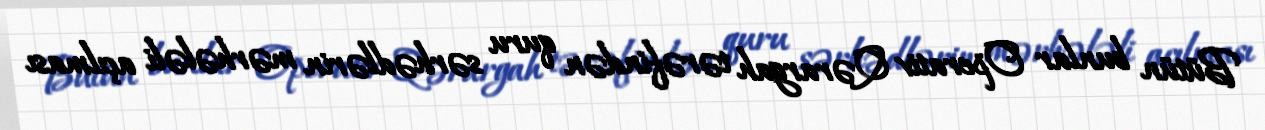
Bütün bunlar Operativ Qərargah tərəfindən quru sərhədlərin mərhələli açılması